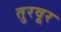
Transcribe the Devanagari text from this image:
तुरवूर